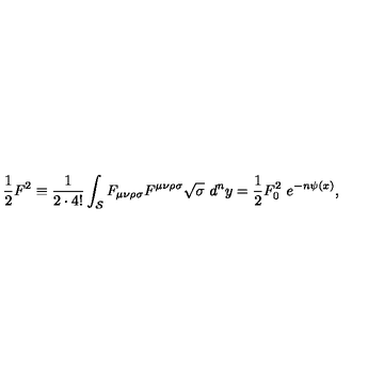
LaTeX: { \frac { 1 } { 2 } } F ^ { 2 } \equiv { \frac { 1 } { 2 \cdot 4 ! } } \int _ { { \cal S } } F _ { \mu \nu \rho \sigma } F ^ { \mu \nu \rho \sigma } \sqrt { \sigma } \ d ^ { n } y = { \frac { 1 } { 2 } } F _ { 0 } ^ { 2 } \ e ^ { - n \psi ( x ) } ,